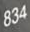
834